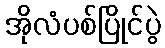
အိုလံပစ်ပြိုင်ပွဲ